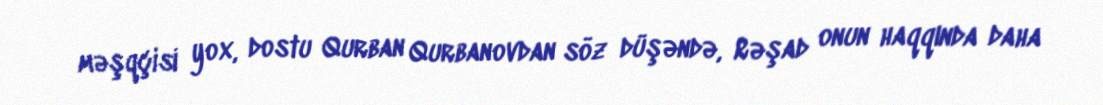
məşqçisi yox, dostu Qurban Qurbanovdan söz düşəndə, Rəşad onun haqqında daha